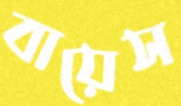
বায়েস